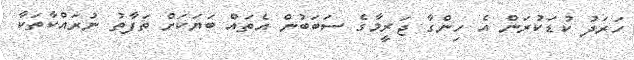
ހަރަދު ކުޑަކުރަން އެ ހިންގާ ޖަރީމާގެ ސަބަބުން އެތައް ބަޔަކަށް ތަފާތު ނުރައްކާތަކާ